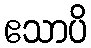
ဧသာပိ